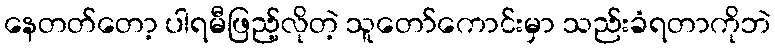
နေတတ်တော့ ပါရမီဖြည့်လိုတဲ့ သူတော်ကောင်းမှာ သည်းခံရတာကိုဘဲ